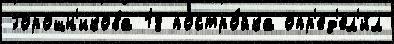
Горошн'икова 18 постро́йка опр'ед'ел'и́л